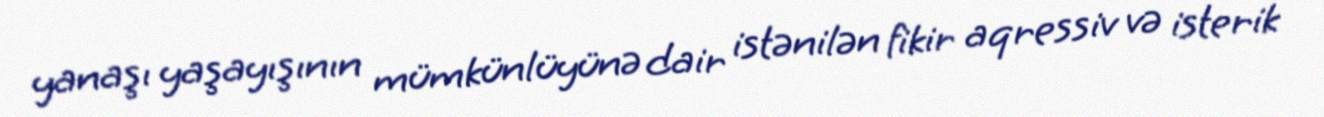
yanaşı yaşayışının mümkünlüyünə dair istənilən fikir aqressiv və isterik